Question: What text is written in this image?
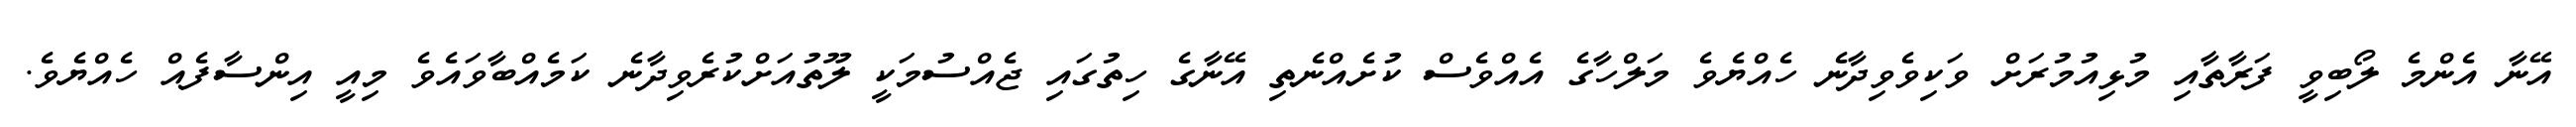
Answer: އޭނާ އެންމެ ލޯބިވީ ފަރާތާއި މުޅިއުމުރަށް ވަކިވެވިދާނެ ހެއްޔެވެ މަލްހާގެ އެއްވެސް ކުށެއްނެތި އޭނާގެ ހިތުގައި ޖެއްސުމަކީ ލޫތުއަށްކުރެވިދާނެ ކަމެއްބާވައެވެ މިއީ އިންސާފެއް ހެއްޔެވެ.